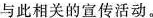
与此相关的宣传活动。